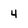
Character: 4